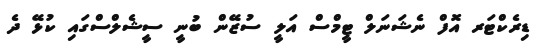
ޑިރެކްޓަރ އޮފް ނެޝަނަލް ޓީމްސް އަލީ ސުޒޭން ބުނީ ސީޝެލްސްގައި ކުޅޭ ދެ